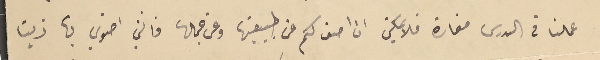
عملنا فى الدرس مغارة فلا يمكن ان اصف كم عن طبيعتها وعن جمالها فانني اضوي بها زيتا